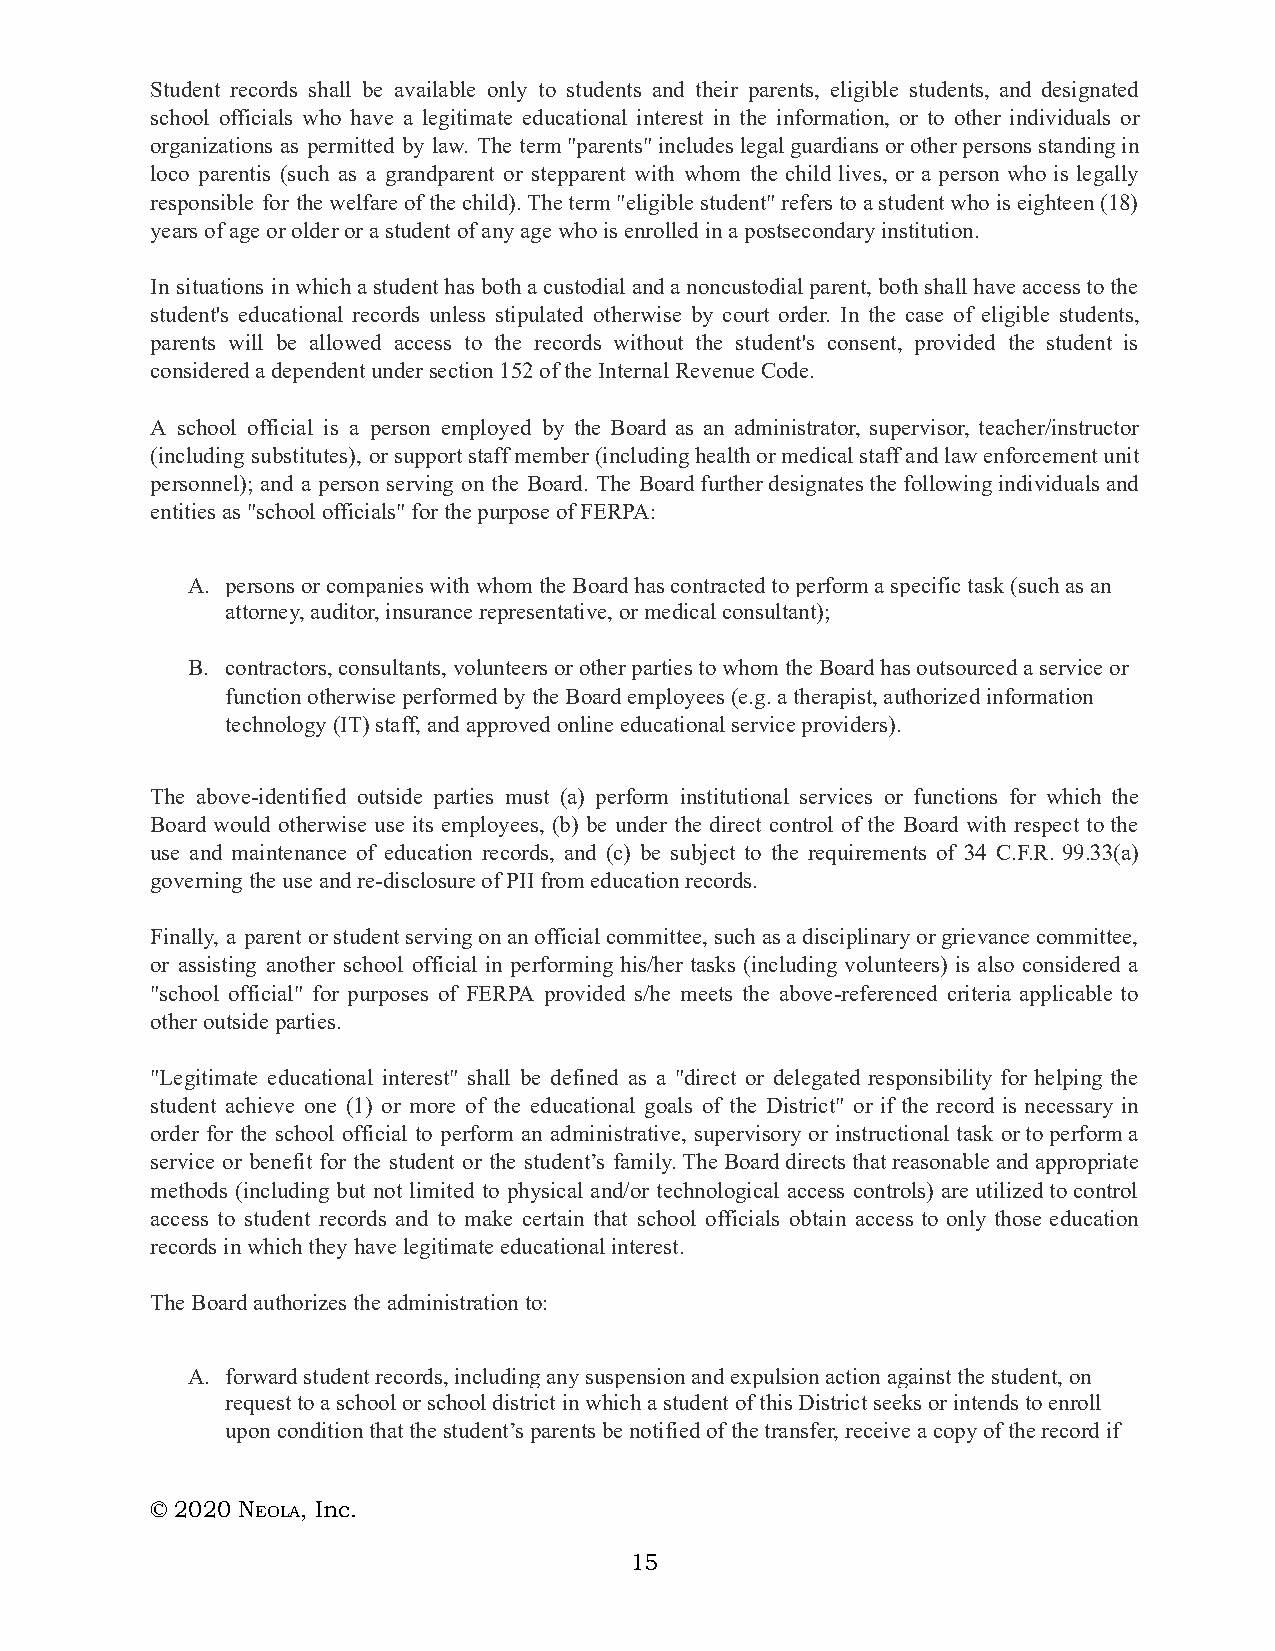
Student records shall be available only to students and their parents, eligible students, and designated
 school officials who have a legitimate educational interest in the information, or to other individuals or
 organizations as permitted by law. The term "parents" includes legal guardians or other persons standing in
 loco parentis (such as a grandparent or stepparent with whom the child lives, or a person who is legally
 responsible for the welfare of the child). The term "eligible student" refers to a student who is eighteen (18)
 years of age or older or a student of any age who is enrolled in a postsecondary institution.
 In situations in which a student has both a custodial and a noncustodial parent, both shall have access to the
 student's educational records unless stipulated otherwise by court order. In the case of eligible students,
 parents will be allowed access to the records without the student's consent, provided the student is
 considered a dependent under section 152 of the Internal Revenue Code.
 A school official is a person employed by the Board as an administrator, supervisor, teacher/instructor
 (including substitutes), or support staff member (including health or medical staff and law enforcement unit
 personnel); and a person serving on the Board. The Board further designates the following individuals and
 entities as "school officials" for the purpose of FERPA:
 A. persons or companies with whom the Board has contracted to perform a specific task (such as an
 attorney, auditor, insurance representative, or medical consultant);
 B. contractors, consultants, volunteers or other parties to whom the Board has outsourced a service or
 function otherwise performed by the Board employees (e.g. a therapist, authorized information
 technology (IT) staff, and approved online educational service providers).
 The above-identified outside parties must (a) perform institutional services or functions for which the
 Board would otherwise use its employees, (b) be under the direct control of the Board with respect to the
 use and maintenance of education records, and (c) be subject to the requirements of 34 C.F.R. 99.33(a)
 governing the use and re-disclosure of PII from education records.
 Finally, a parent or student serving on an official committee, such as a disciplinary or grievance committee,
 or assisting another school official in performing his/her tasks (including volunteers) is also considered a
 "school official" for purposes of FERPA provided s/he meets the above-referenced criteria applicable to
 other outside parties.
 "Legitimate educational interest" shall be defined as a "direct or delegated responsibility for helping the
 student achieve one (1) or more of the educational goals of the District" or if the record is necessary in
 order for the school official to perform an administrative, supervisory or instructional task or to perform a
 service or benefit for the student or the student’s family. The Board directs that reasonable and appropriate
 methods (including but not limited to physical and/or technological access controls) are utilized to control
 access to student records and to make certain that school officials obtain access to only those education
 records in which they have legitimate educational interest.
 The Board authorizes the administration to:
 A. forward student records, including any suspension and expulsion action against the student, on
 request to a school or school district in which a student of this District seeks or intends to enroll
 upon condition that the student’s parents be notified of the transfer, receive a copy of the record if
 © 2020 NE OLA, Inc.
 15